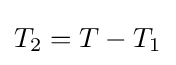
T_{2}=T-T_{1}